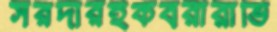
সরদারইকবরীরাভি